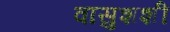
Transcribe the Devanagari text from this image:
वासुशशी